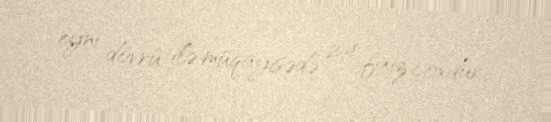
eyni dövrü ilə müqayisədə 2,4 faiz çoxdur.